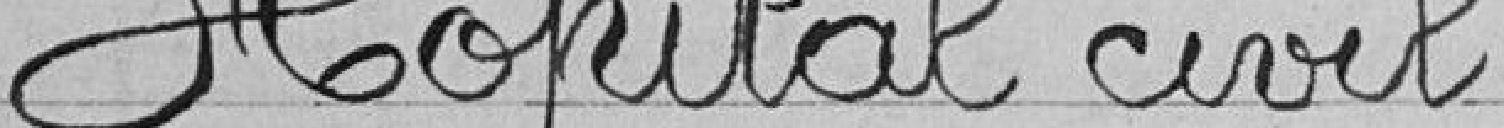
Hôpital civil